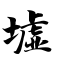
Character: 墟